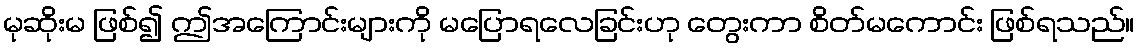
မုဆိုးမ ဖြစ်၍ ဤအကြောင်းများကို မပြောရလေခြင်းဟု တွေးကာ စိတ်မကောင်း ဖြစ်ရသည်။